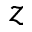
z